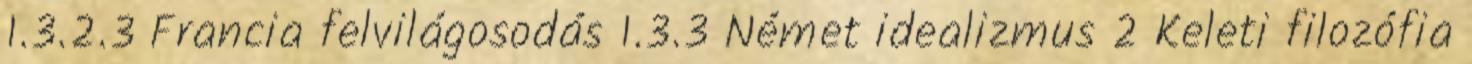
1.3.2.3 Francia felvilágosodás 1.3.3 Német idealizmus 2 Keleti filozófia